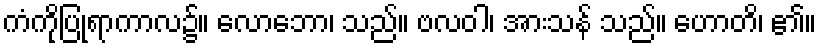
ကံကိုပြုရာကာလ၌။ လောဘော၊ သည်။ ဗလဝါ၊ အားသန် သည်။ ဟောတိ၊ ၏။